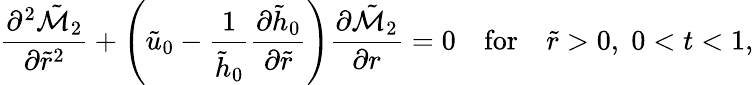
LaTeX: \frac{\partial^{2}\tilde{\mathcal{M}}_{2}}{\partial\tilde{r}^{2}}+\left(\tilde{u}_{0}-\frac{1}{\tilde{h}_{0}}\frac{\partial\tilde{h}_{0}}{\partial\tilde{r}}\right)\frac{\partial\tilde{\mathcal{M}}_{2}}{\partial r}=0\quad\mathrm{for}\quad\tilde{r}>0,\; 0<t<1,